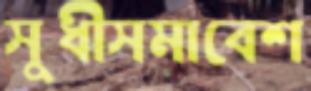
সুধীসমাবেশ